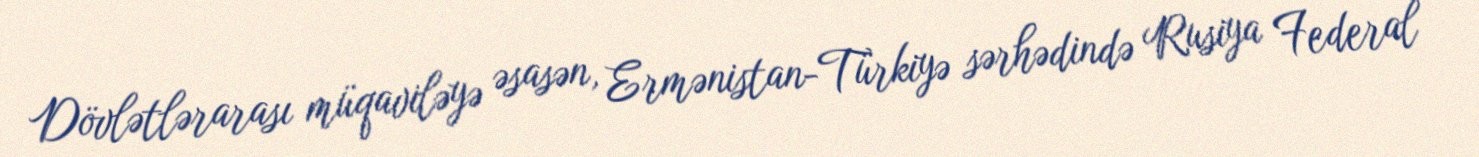
Dövlətlərarası müqaviləyə əsasən, Ermənistan-Türkiyə sərhədində Rusiya Federal